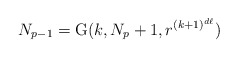
\begin{align*} N_{p-1}=\mathrm{G}(k,N_p+1,r^{(k+1)^{d\ell}}) \end{align*}